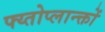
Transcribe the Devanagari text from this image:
फ्य्तोप्लान्क्तों